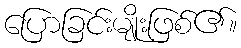
ပြောခြင်းမျိုးဖြစ်၏။